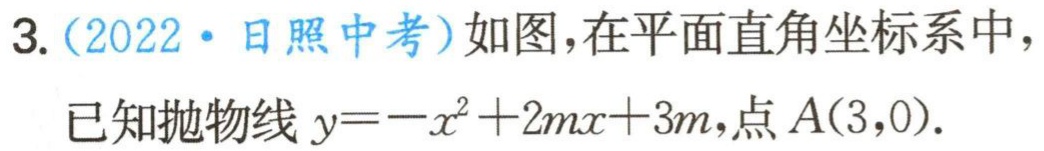
3.（2022·日照中考）如图，在平面直角坐标系中，
已知抛物线\(y = -x^{2}+2mx + 3m\)，点\(A(3,0)\).